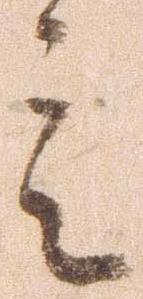
言